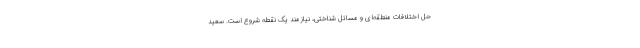
حل اختلافات منطقه‌ای و مسائل شناختی، نیازمند یک نقطه شروع است. سعید